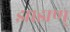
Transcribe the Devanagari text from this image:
झाझण्